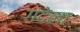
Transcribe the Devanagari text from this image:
गंदेला